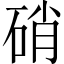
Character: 硝